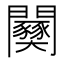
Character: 𫔫